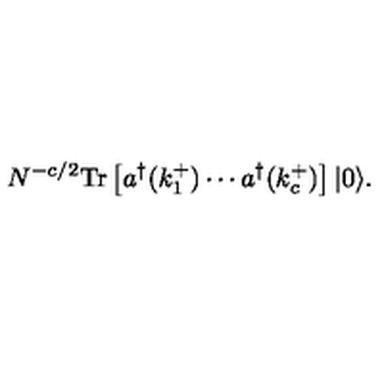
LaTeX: N ^ { - c / 2 } \mathrm { T r } \left[ a ^ { \dagger } ( k _ { 1 } ^ { + } ) \cdots a ^ { \dagger } ( k _ { c } ^ { + } ) \right] | 0 \rangle .